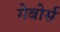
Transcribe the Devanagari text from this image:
गेबोर्स